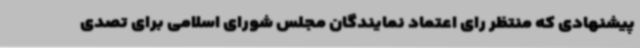
پیشنهادی که منتظر رای اعتماد نمایندگان مجلس شورای اسلامی برای تصدی